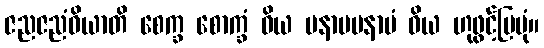
ဇညဇညံဝိယာတိ စေက္ခ စောက္ခံ ဝိယ မနာပမနာပံ ဝိယ ဟုဖွင့်ပြပုံ။